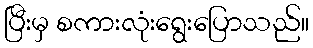
ပြီးမှ စကားလုံးရွေးပြောသည်။